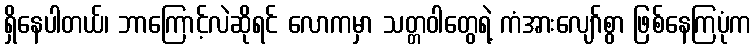
ရှိနေပါတယ်၊ ဘာကြောင့်လဲဆိုရင် လောကမှာ သတ္တဝါတွေရဲ့ ကံအားလျော်စွာ ဖြစ်နေကြပုံက